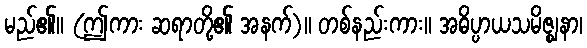
မည်၏။ (ဤကား ဆရာတို့၏ အနက်)။ တစ်နည်းကား။ အဓိပ္ပာယသမိဇ္ဈနာ၊